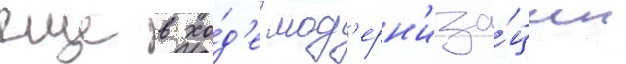
еще в хо́д'е мод'ерн'иза́ции